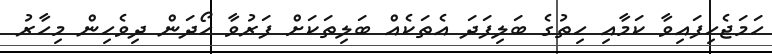
ހަމަޖެހިފައިވާ ކަމާއި ހިތުގެ ބަލިފަދަ އެތަކެއް ބަލިތަކަށް ފަރުވާ ހޯދަން ދިވެހިން މިހާރު